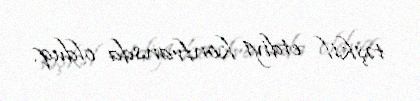
təşkil etdiyi konfransda olduq.